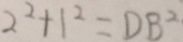
2 ^ { 2 } + 1 ^ { 2 } = D B ^ { 2 }